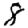
Digit: 8